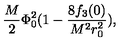
\frac { M } { 2 } \Phi _ { 0 } ^ { 2 } ( 1 - \frac { 8 f _ { 3 } ( 0 ) } { M ^ { 2 } r _ { 0 } ^ { 2 } } ) ,